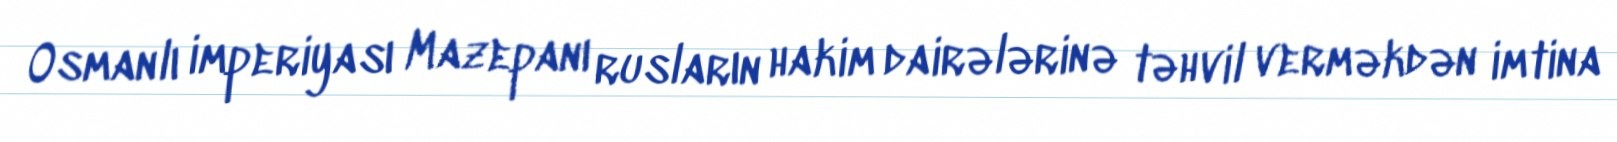
Osmanlı imperiyası Mazepanı rusların hakim dairələrinə təhvil verməkdən imtina